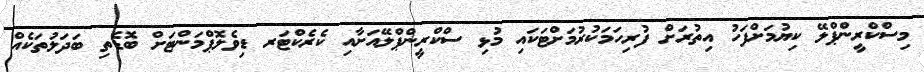
މިސްކްރީންޕްލޭ ކިޔުމަށްފަހު އިތުރަށް ފުރިހަމަކުރުމަށްޓަކައި މުޅި ސްކްރީންޕްލޭއަށާއި ކެރެކްޓަރ ޑިވެލޮޕްމަންޓަށް ބޮޑެތި ބަދަލުތަކެއް